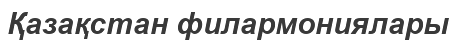
Қазақстан филармониялары